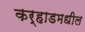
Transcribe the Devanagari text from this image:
कर्‍हाडमधील